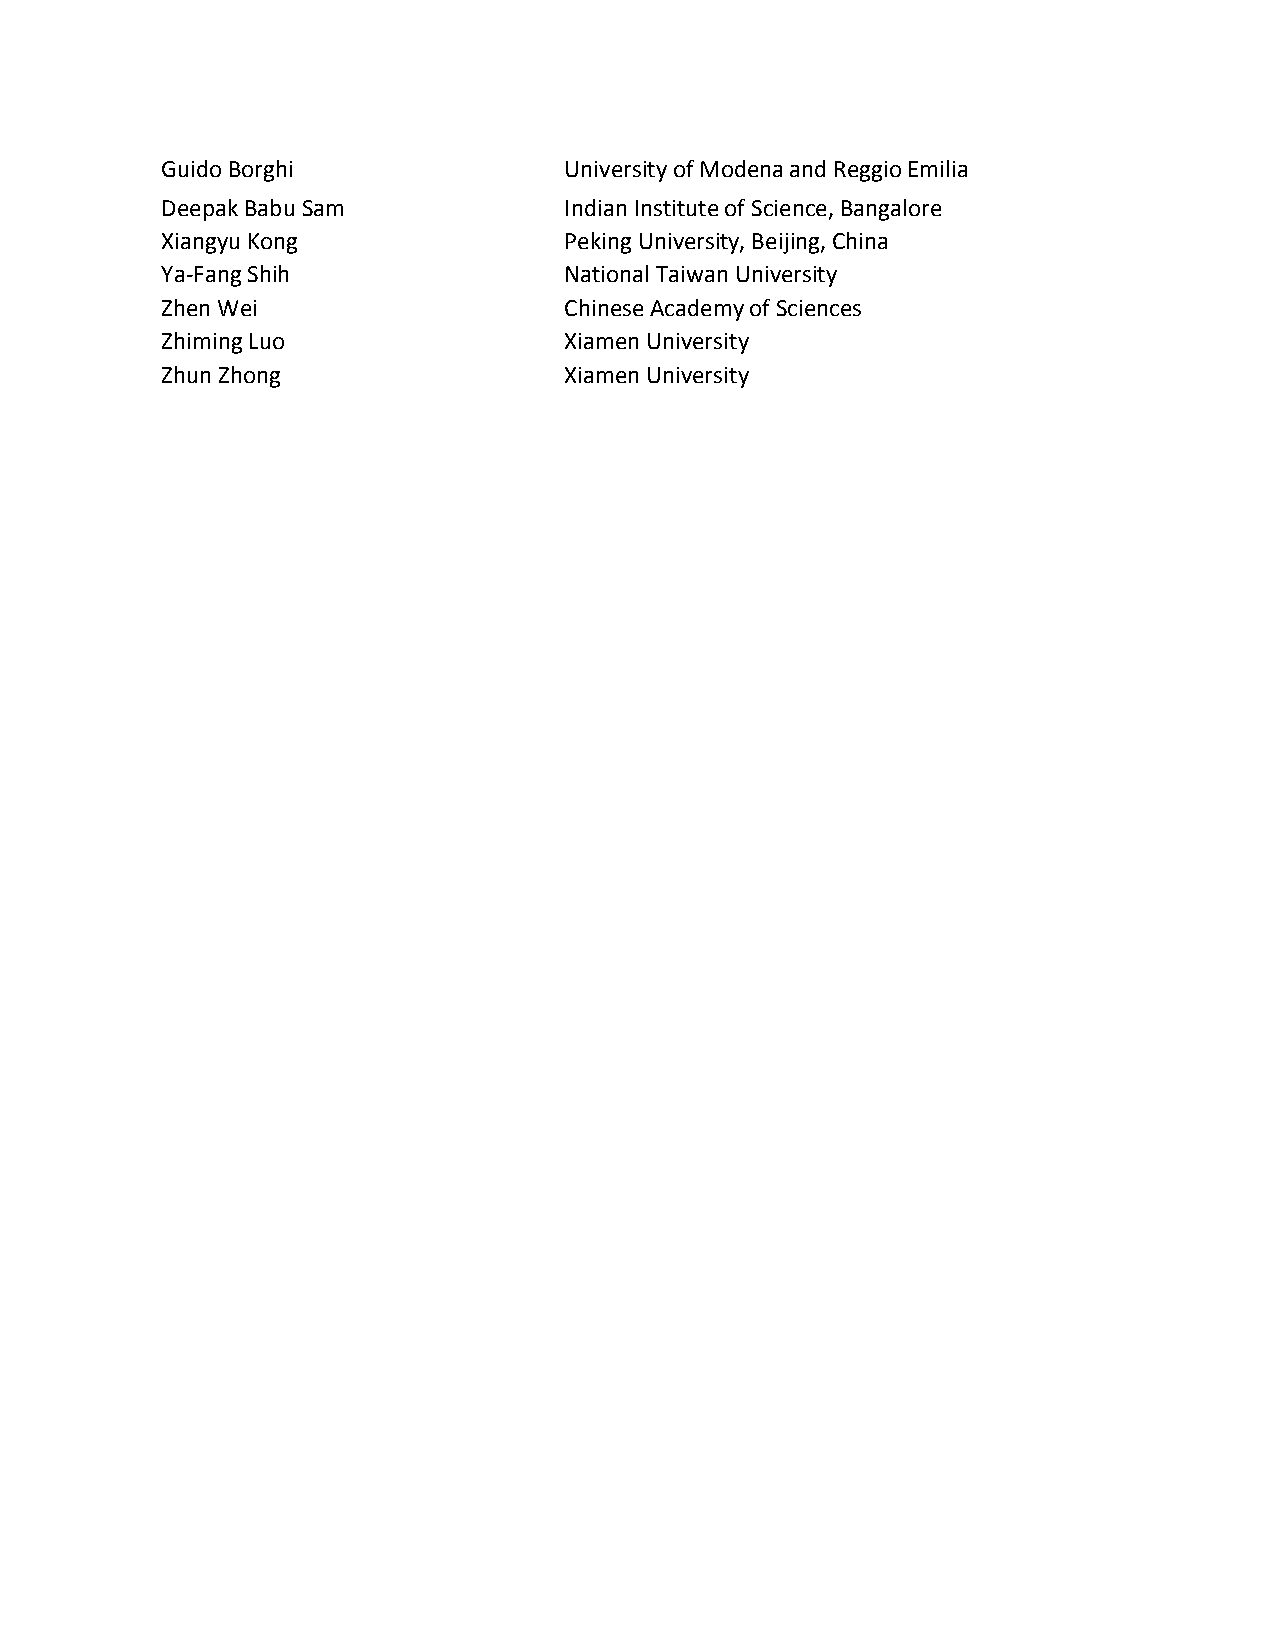
Guido Borghi              University of Modena and Reggio Emilia
 Deepak Babu Sam           Indian Institute of Science, Bangalore
 Xiangyu Kong              Peking University, Beijing, China
 Ya-Fang Shih              National Taiwan University
 Zhen Wei                  Chinese Academy of Sciences
 Zhiming Luo               Xiamen University
 Zhun Zhong                Xiamen University